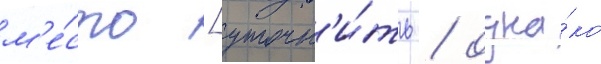
м'е́сто [уточн'и́ть / одна́ко